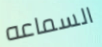
السماعه